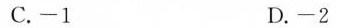
C.-1 D.-2